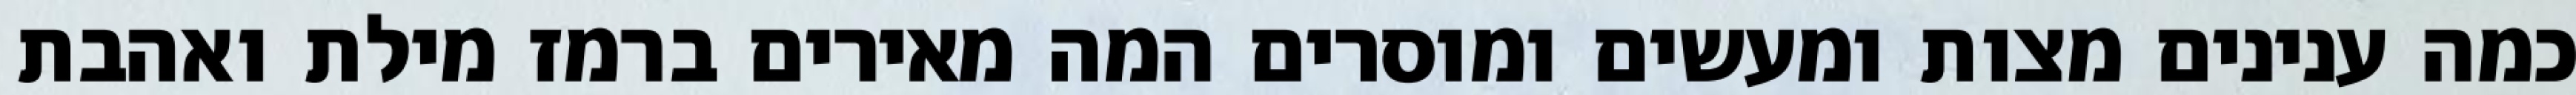
כמה ענינים מצות ומעשים ומוסרים המה מאירים ברמז מילת ואהבת